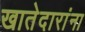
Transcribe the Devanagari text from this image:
खातेदारांना